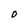
Character: 0